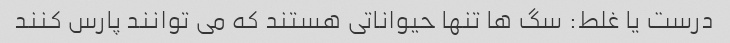
درست یا غلط: سگ ها تنها حیواناتی هستند که می توانند پارس کنند